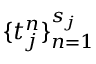
\{ t _ { j } ^ { n } \} _ { n = 1 } ^ { s _ { j } }